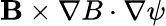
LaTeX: \mathbf{B}\times\nabla B\cdot\nabla\psi